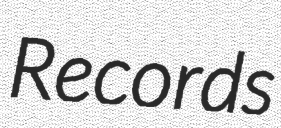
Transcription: Records